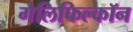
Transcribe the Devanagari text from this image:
गैलिफिल्कॉन